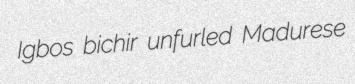
Igbos bichir unfurled Madurese